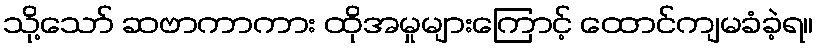
သို့သော် ဆဗာကာကား ထိုအမှုများကြောင့် ထောင်ကျမခံခဲ့ရ။